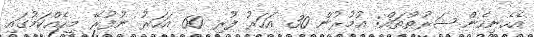
އެހެނިހެން ޝަރުޠުތައް: އުމުރުން 30 އަހަރު ފުރި 60 އަހަރު ނުފުރޭ މީހެއްކަމުގައި